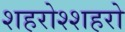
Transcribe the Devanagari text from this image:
शहरोश्शहरो